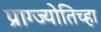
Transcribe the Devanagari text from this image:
प्राग्ज्योतिच्हा